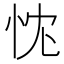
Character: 𢘚